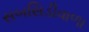
સબસિડીવાળા